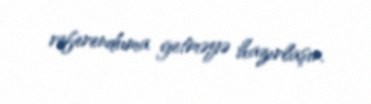
referenduma getməyə hazırlaşır.